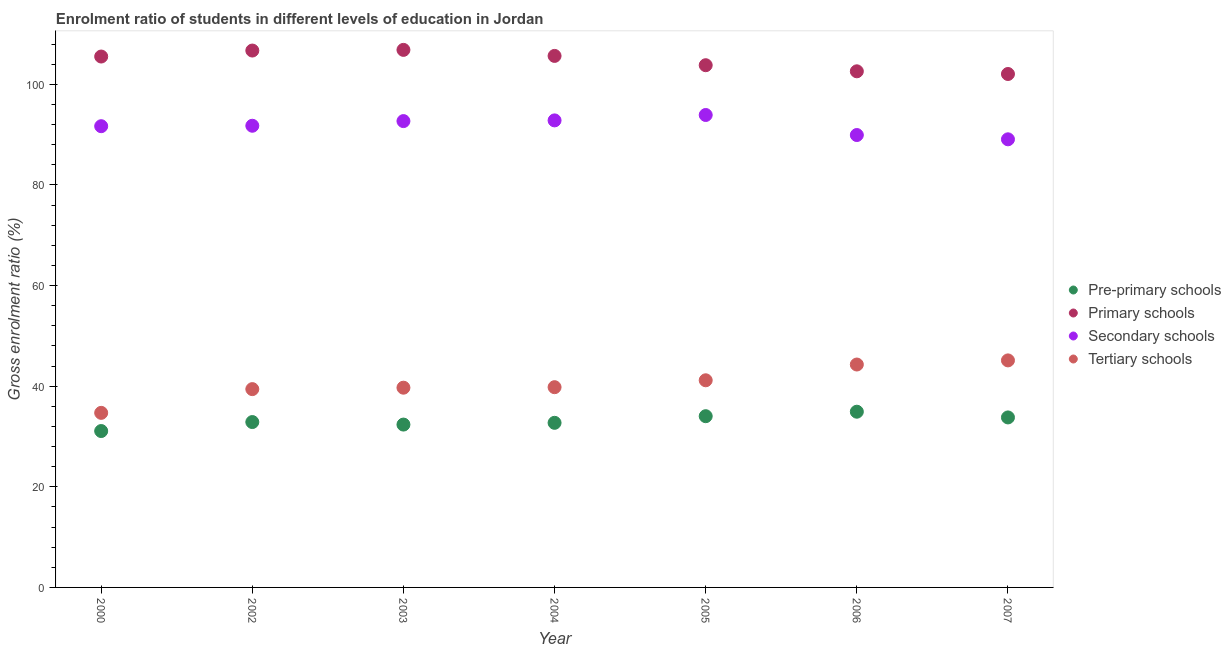
| Year | Pre-primary schools | Primary schools | Secondary schools | Tertiary schools |
 | --- | --- | --- | --- | --- |
 | 2000 | 31.1 | 106 | 91.7 | 34.7 |
 | 2002 | 32.9 | 107 | 91.8 | 39.4 |
 | 2003 | 32.4 | 107 | 92.7 | 39.7 |
 | 2004 | 32.7 | 106 | 92.8 | 39.8 |
 | 2005 | 34 | 104 | 93.9 | 41.2 |
 | 2006 | 34.9 | 103 | 89.9 | 44.3 |
 | 2007 | 33.8 | 102 | 89.1 | 45.1 |